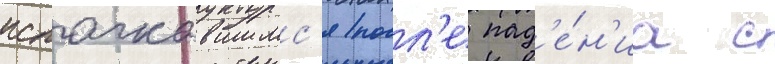
испачкавшимс'я посл'е пад'е́н'иа с